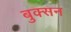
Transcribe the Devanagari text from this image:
बुक्सन